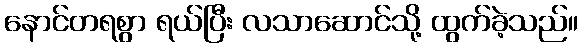
နောင်တရစွာ ရယ်ပြီး လသာဆောင်သို့ ထွက်ခဲ့သည်။